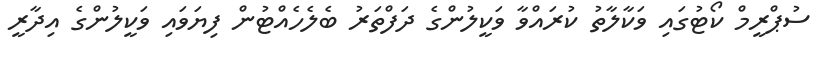
ސުޕްރީމް ކޯޓުގައި ވަކާލާތު ކުރައްވާ ވަކީލުންގެ ދަފްތަރު ބެލެހެއްޓުން ފިޔަވައި ވަކީލުންގެ އިދާރީ